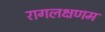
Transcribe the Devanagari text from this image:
रागलक्षणम